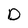
Character: D